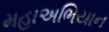
મહાઅભિયાન